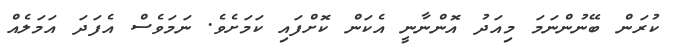
ކުރަން ބޭނުންނަމަ މިއަދު އޮންނާނީ އެކަން ކޮށްފައި ކަމަށެވެ. ނަމަވެސް އެފަދަ އަމަލެއް